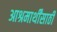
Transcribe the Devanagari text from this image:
आश्रमार्थींसाठी